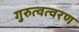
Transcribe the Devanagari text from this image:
गुरुत्वत्वरण